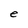
Character: e